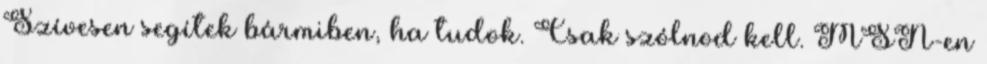
Szívesen segítek bármiben, ha tudok. Csak szólnod kell. MSN-en